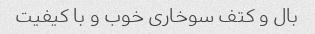
بال و کتف سوخاری خوب و با کیفیت